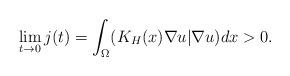
LaTeX: \begin{align*}\lim_{t\to 0}j(t)=\int_{\Omega}(K_H(x)\nabla u|\nabla u)dx>0.\end{align*}